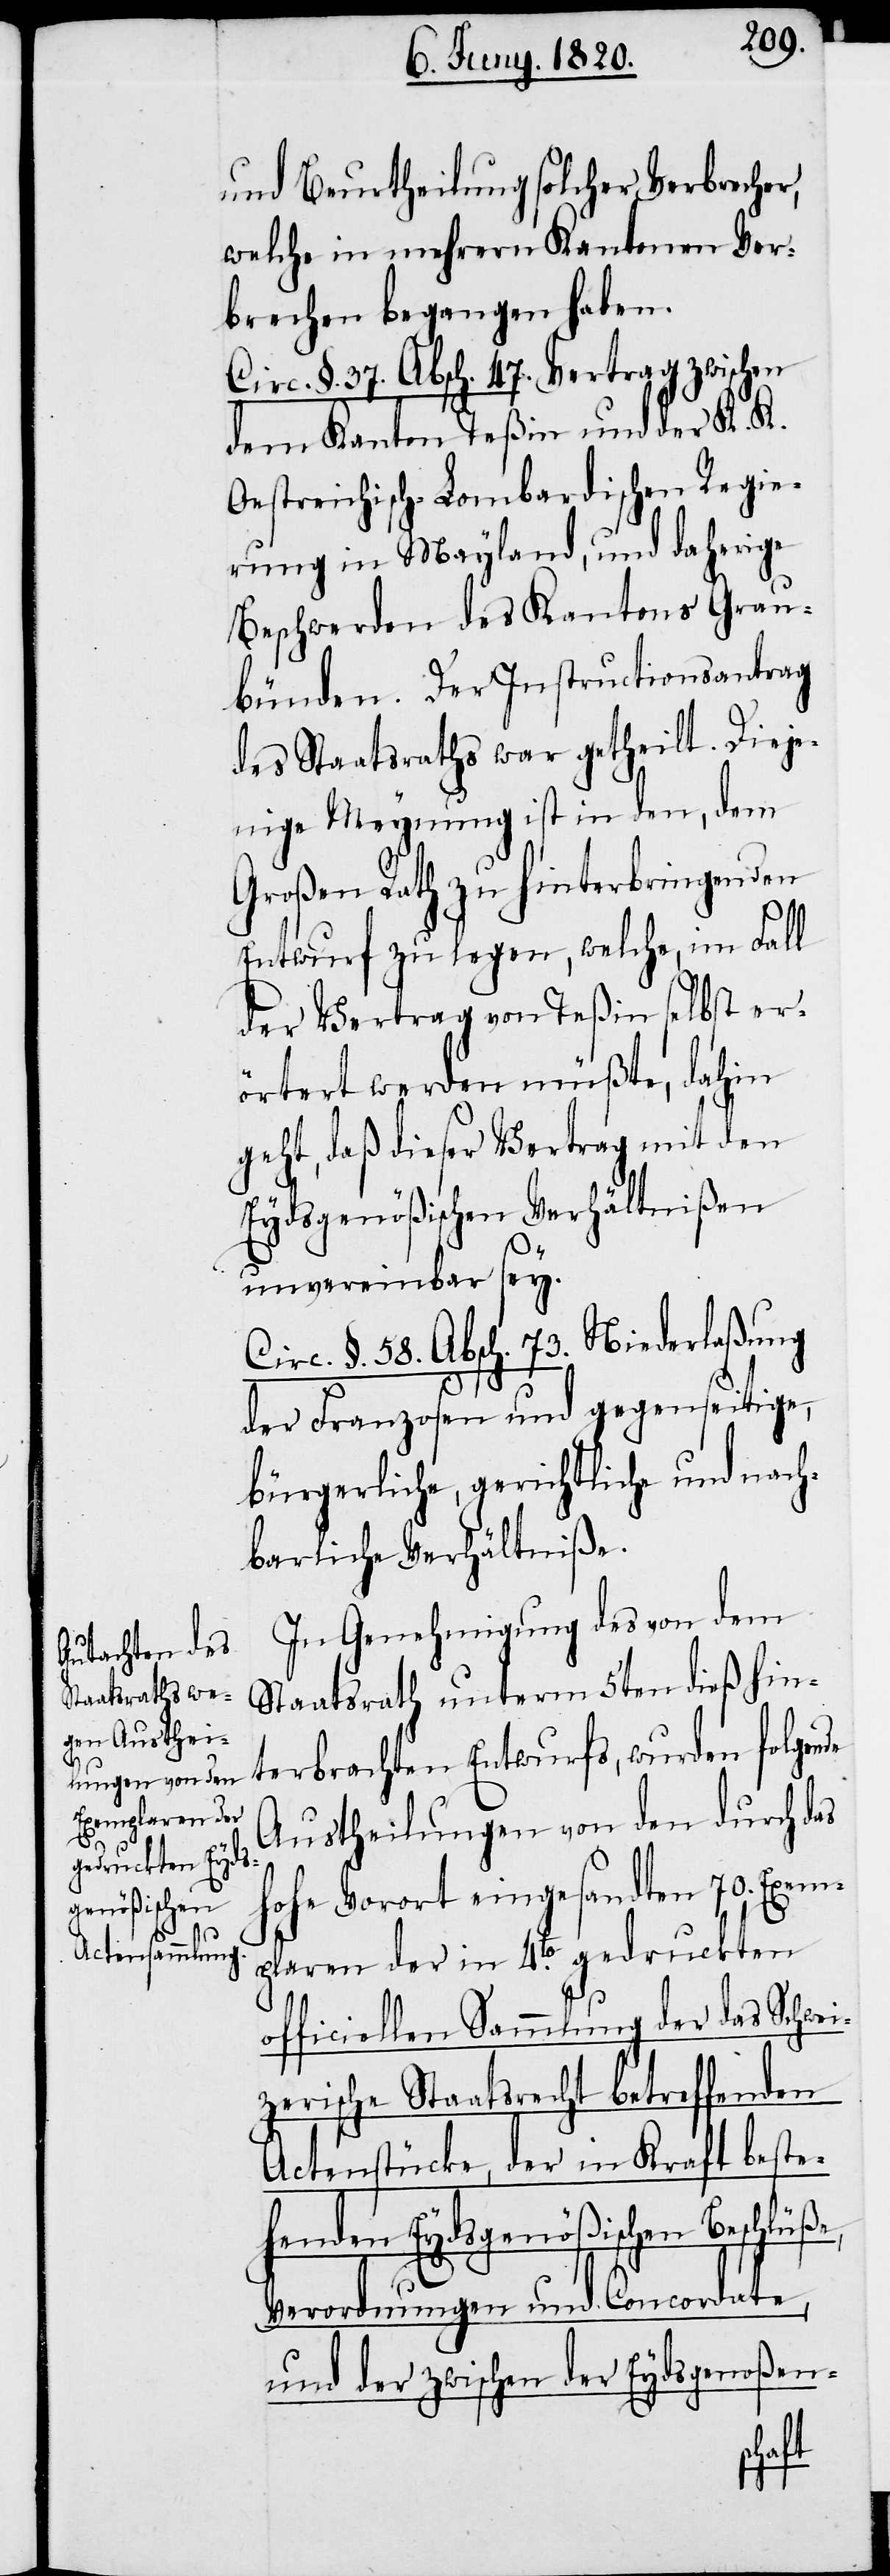
und Beurtheilung solcher Verbrecher,
welche in mehrern Kantonen Ver¬
brechen begangen haben.
Circ. §. 37. Absch. 47. Vertrag zwischen
dem Kanton Teßin und der K. K.
Oestreichisch-Lombardischen Regie¬
rung in Mayland, und daherige
Beschwerden des Kantons Grau¬
bünden. Der Instructionsantrag
des Staatsraths war getheilt. Dieje¬
nige Meynung ist in den, dem
Großen Rath zu hinterbringenden
Entwurf zu legen, welche, im Fall
der Vertrag von Teßin selbst er¬
örtert werden müßte, dahin
geht, daß dieser Vertrag mit den
Eydsgenößischen Verhältnißen
unvereinbar sey.
Circ. §. 58. Absch. 73. Niederlaßung
der Franzosen und gegenseitige
bürgerliche, gerichtliche und nach¬
barliche Verhältniße.
In Genehmigung des von dem
Staatsrath unterm 5ten dieß hin¬
terbrachten Entwurfs, wurden folgende
Austheilungen von den durch das
hohe Vorort eingesandten 70. Exem¬
plaren der in 4to. gedruckten
officiellen Sammlung der das Schwe¬
izerische Staatsrecht betreffenden
Actenstücke, der in Kraft beste¬
henden Eydsgenößischen Beschlüße,
Verordnungen und Concordate,
und der zwischen der Eydsgenoßen-